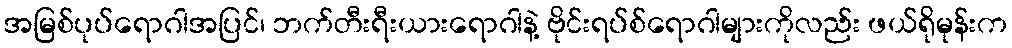
အမြစ်ပုပ်ရောဂါအပြင်၊ ဘက်တီးရီးယားရောဂါနဲ့ ဗိုင်းရပ်စ်ရောဂါများကိုလည်း ဖယ်ရိုမုန်းက